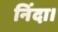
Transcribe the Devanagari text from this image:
निंदा।